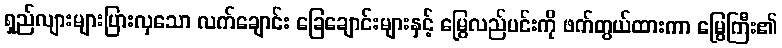
ရှည်လျားများပြားလှသော လက်ချောင်း ခြေချောင်းများနှင့် မြွေလည်ပင်းကို ဖက်တွယ်ထားကာ မြွေကြီး၏